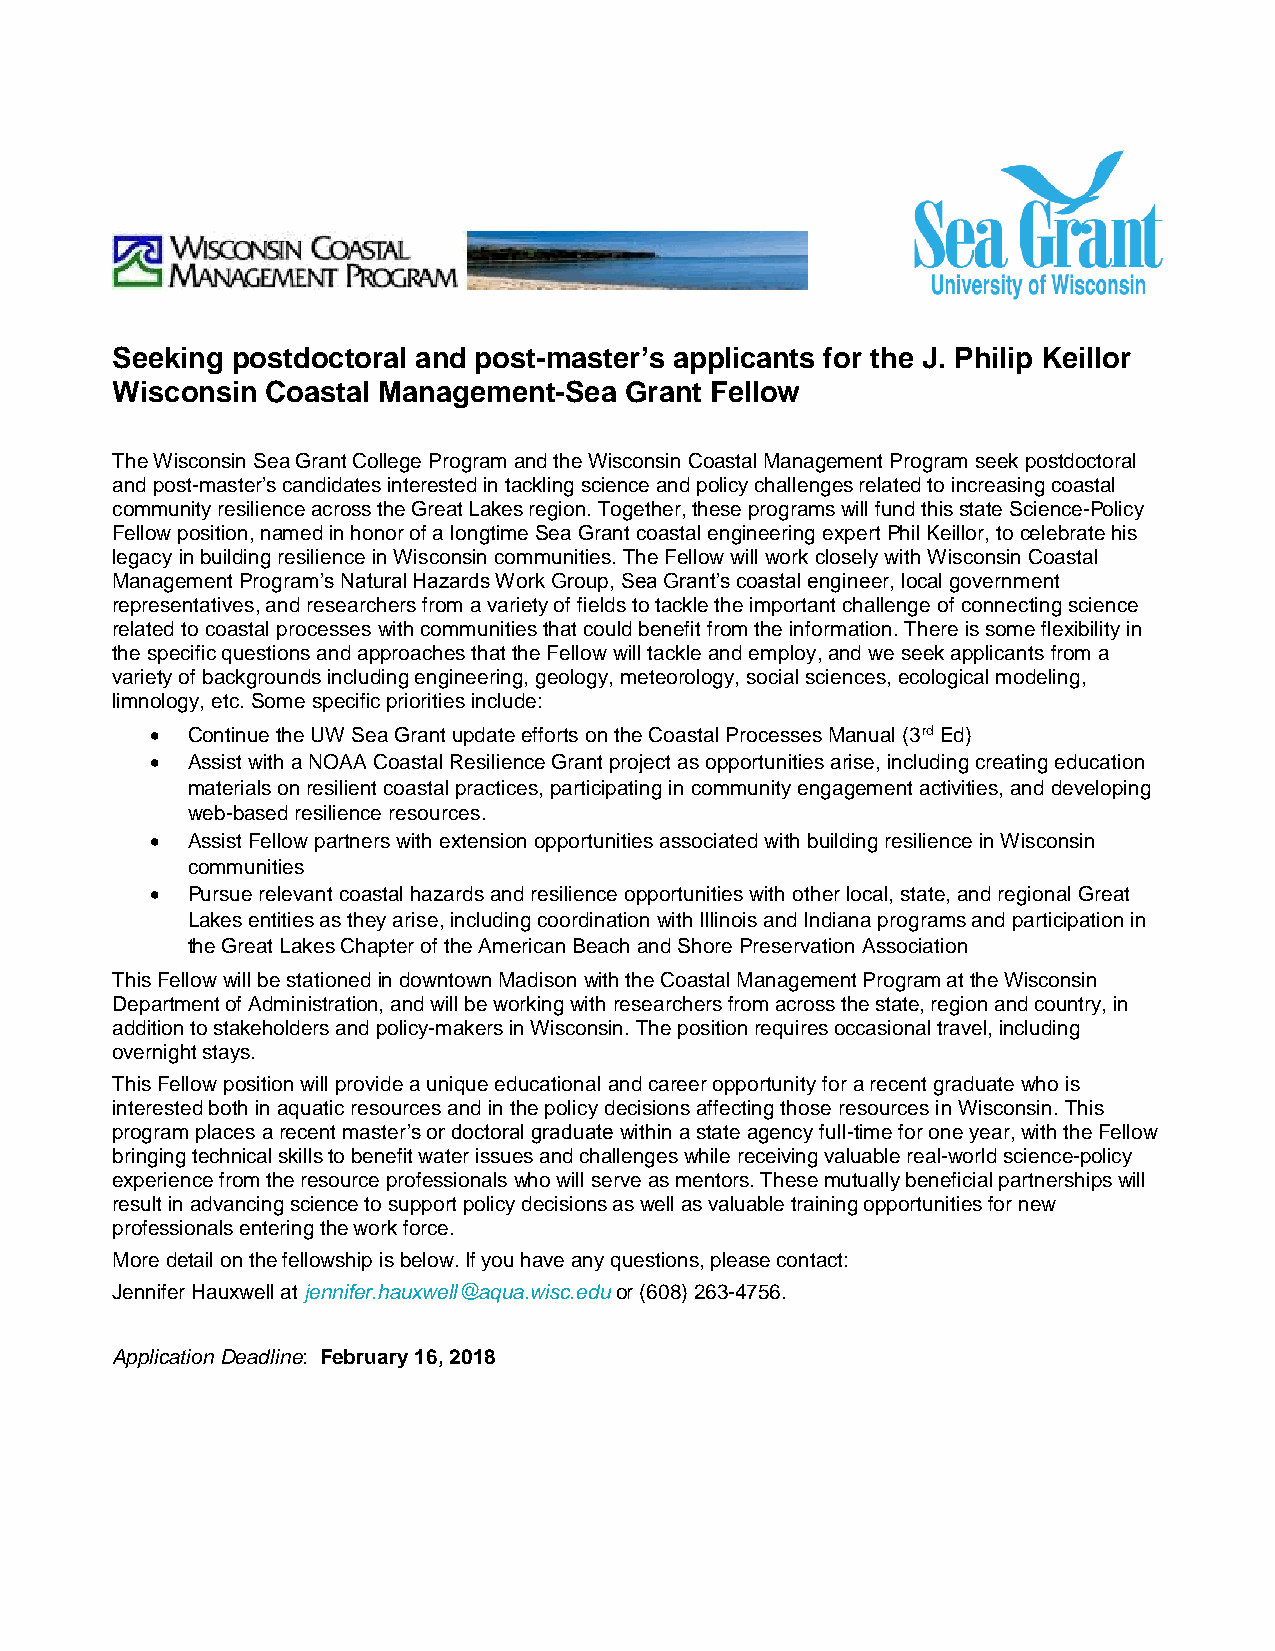
Seeking postdoctoral and post-master’s applicants for the J. Philip Keillor
 Wisconsin  Coastal Management-Sea Grant Fellow
 The Wisconsin Sea Grant College Program and the Wisconsin Coastal Management Program seek postdoctoral
 and post-master’s candidates interested in tackling science and policy challenges related to increasing coastal
 community resilience across the Great Lakes region. Together, these programs will fund this state Science-Policy
 Fellow position, named in honor of a longtime Sea Grant coastal engineering expert Phil Keillor, to celebrate his
 legacy in building resilience in Wisconsin communities. The Fellow will work closely with Wisconsin Coastal
 Management Program’s Natural Hazards Work Group, Sea Grant’s coastal engineer, local government
 representatives, and researchers from a variety of fields to tackle the important challenge of connecting science
 related to coastal processes with communities that could benefit from the information. There is some flexibility in
 the specific questions and approaches that the Fellow will tackle and employ, and we seek applicants from a
 variety of backgrounds including engineering, geology, meteorology, social sciences, ecological modeling,
 limnology, etc. Some specific priorities include:
  Continue the UW Sea Grant update efforts on the Coastal Processes Manual (3rd Ed)
  Assist with a NOAA Coastal Resilience Grant project as opportunities arise, including creating education
 materials on resilient coastal practices, participating in community engagement activities, and developing
 web-based resilience resources.
  Assist Fellow partners with extension opportunities associated with building resilience in Wisconsin
 communities
  Pursue relevant coastal hazards and resilience opportunities with other local, state, and regional Great
 Lakes entities as they arise, including coordination with Illinois and Indiana programs and participation in
 the Great Lakes Chapter of the American Beach and Shore Preservation Association
 This Fellow will be stationed in downtown Madison with the Coastal Management Program at the Wisconsin
 Department of Administration, and will be working with researchers from across the state, region and country, in
 addition to stakeholders and policy-makers in Wisconsin. The position requires occasional travel, including
 overnight stays.
 This Fellow position will provide a unique educational and career opportunity for a recent graduate who is
 interested both in aquatic resources and in the policy decisions affecting those resources in Wisconsin. This
 program places a recent master’s or doctoral graduate within a state agency full-time for one year, with the Fellow
 bringing technical skills to benefit water issues and challenges while receiving valuable real-world science-policy
 experience from the resource professionals who will serve as mentors. These mutually beneficial partnerships will
 result in advancing science to support policy decisions as well as valuable training opportunities for new
 professionals entering the work force.
 More detail on the fellowship is below. If you have any questions, please contact:
 Jennifer Hauxwell at jennifer.hauxwell@aqua.wisc.edu or (608) 263-4756.
 Application Deadline: February 16, 2018